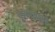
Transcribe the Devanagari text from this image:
वुलफ्राम